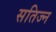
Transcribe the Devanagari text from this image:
सतिज्न